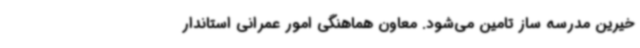
خیرین مدرسه ساز تامین می‌شود. معاون هماهنگی امور عمرانی استاندار